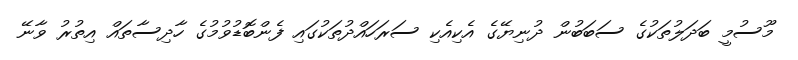
މޫސުމީ ބަދަލުތަކުގެ ސަބަބުން ދުނިޔޭގެ އެކިއެކި ސަރަހައްދުތަކުގައި ފެންބޮޑުވުމުގެ ހާދިސާތައް އިތުރު ވާނޭ